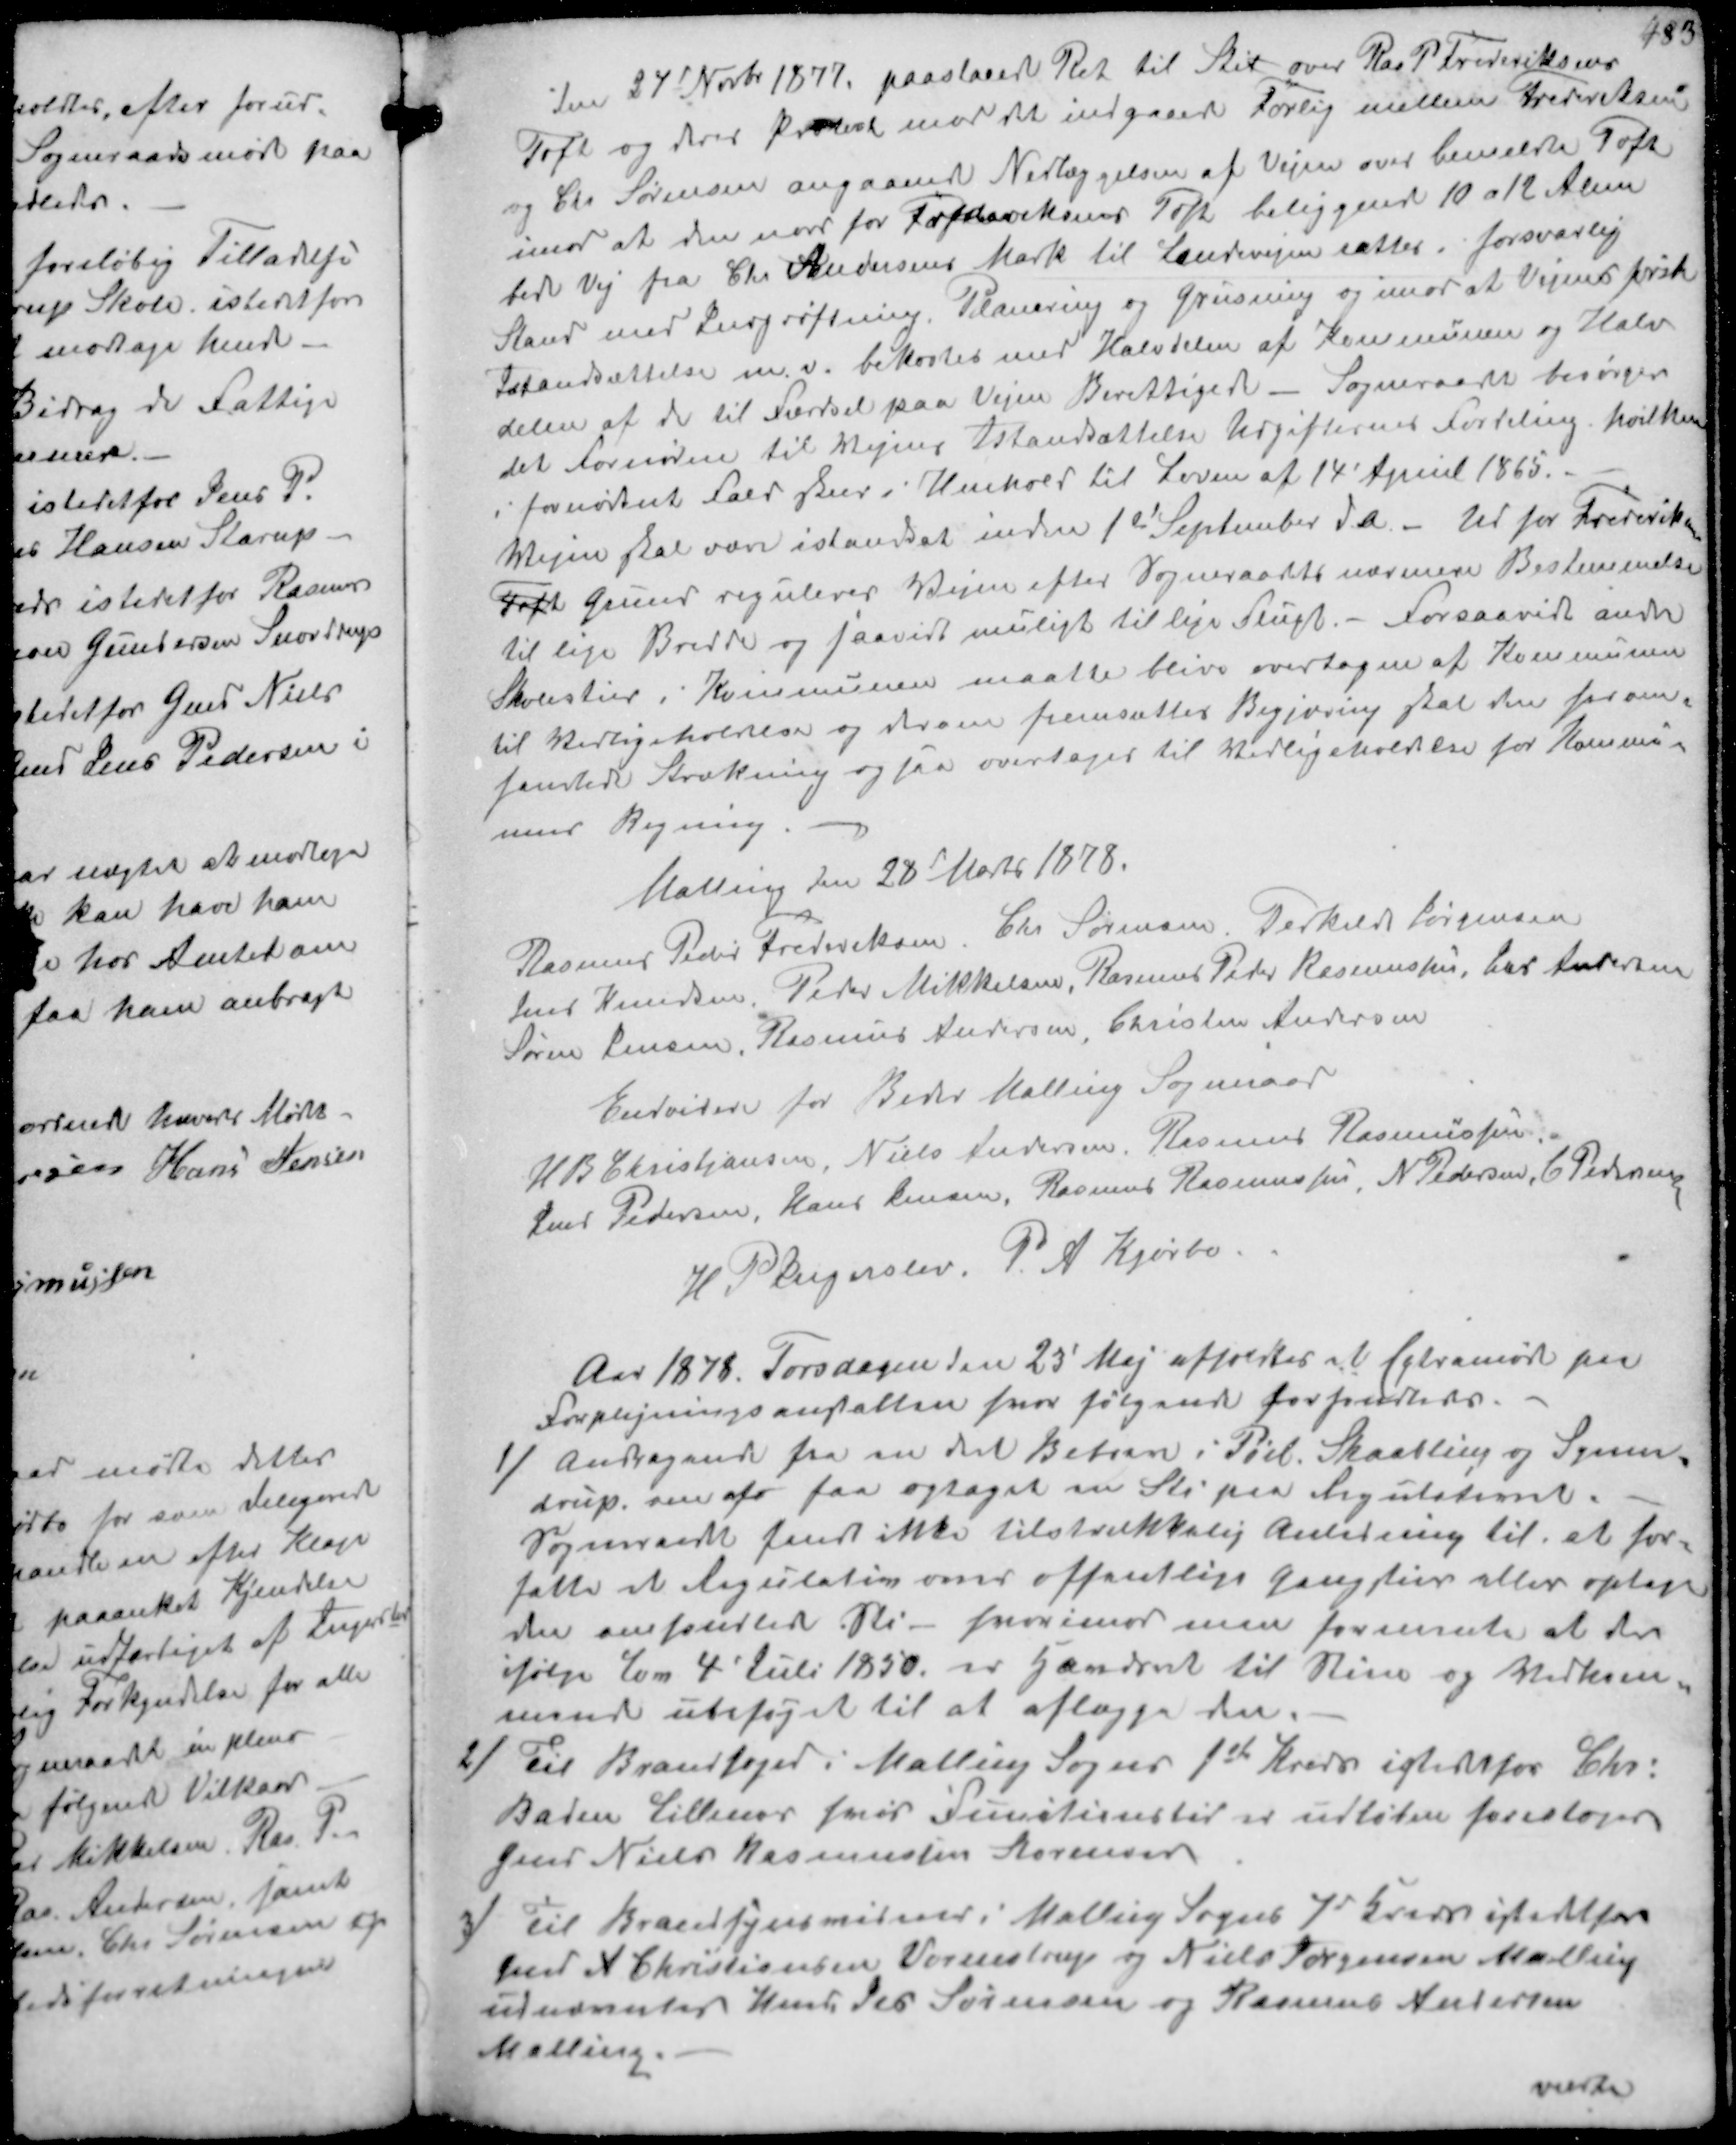
Transskription:
den 24d Novbr 1877 paastaade Ret til Stie over Ras P Frederiksens
Toft og Protest mod det indgaaer forlig mellem Frederiksen
og Chr Sørensen angaaende Nedlæggelsen af Vejen over bemeldte Toft
imod at den nord for fik 10 beliggende 10 a 12 Alen
bred Vej fra Chr. Andersens Mark til Landevejen sattes forsvarlig
Stand med grøftning, Planering og Grusning og imod at Vejen første
Istandsættelse m.v. bekostes med Halvdelen af Kommunen og Halv-
delen af de til Færdsel paa Vejen Berettigede Sogneraadet besørger
det fornødne til en istandsættelse Udgifternes fordeling hvilken
i fornødent fald sker i Henhold til Loven af 14 April 1865.
Vejen skal være istandsat inden 1ste September d.A. Ud for Frederiksens
Toft Grund regulerer Vejen efter Sogneraadets nærmere Bestemmelse
til lige Bredde og saavidt muligt til lige Flugt. - Forsaavidt andre
Skolestier i Kommunen maatte blive overtagne af Kommunen
til Vedligeholdelse og  fremsætter Begjæring skal den forom-
handlede Strækning ogsaa overtages til Vedligeholdes for Kommu-
nens Regning.
Malling den 28d Marts 1878.
Rasmus Peder Frederiksen Chr. Sørensen, Terkild Jørgensen
Jens Knudsen, Peder Mikkelsen, Rasmus Peder Rasmussen, Chr Andersen
Søren Jensen Rasmus Andersen,  
Endvidere for Beder Malling Sogneraad
H B Christiansen, Niels Andersen Rasmus Rasmussen
Jens Pedersen, Hans Jensen, Rasmus Rasmussen, N. Pedersen, C. Pedersen
H. P. Sigerslev, P.A. Kjørby

Aar 1878. Torsdagen den 22' Maj afholdtes et Extramøde paa
Forplejningsanstalten hvor følgende forhandledes
1/ Andragende fra en del Beboere i Pøel Skaabling og Synne-
drup om at faa optaget en Sti paa Regulativet.
Sogneraadet fandt ikke tilstrækkelig Anledning til at for-
fatte et Regulativ om offentlige Gangstier eller optage
den onhandlede Sti hvorimod man formente at der
ifølge Lov 4' Juli 1850 er Gaardret til Disse og Vedkom-
mende ubeføjet til at aflægge den.
2/ Til Brandfoged i Malling Sogns 1st Kreds istedfor Chr.
Baden Lillenor hvis Funktionstid er udløben foresloges
Gmd Niels Rasmussen Storenor
3/ til Brandsynsvidner i Malling Sogns 7' Kreds istedfor
Gmd A Christiansen, Vormstrup og Niels Jørgensen Malling
udnævntes Hmd Per Sørensen og Rasmus Andersen
Malling.